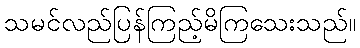
သမင်လည်ပြန်ကြည့်မိကြသေးသည်။